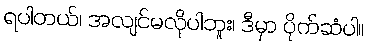
ရပါတယ်၊ အလျင်မလိုပါဘူး၊ ဒီမှာ ပိုက်ဆံပါ။